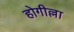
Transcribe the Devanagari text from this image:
होगील्ला